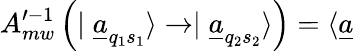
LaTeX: A_{mw}^{\prime-1}\left(\mid\underline{{{a}}}_{q_{1}s_{1}}\rangle\rightarrow\mid\underline{{{a}}}_{q_{2}s_{2}}\rangle\right)=\langle\underline{{{a}}}